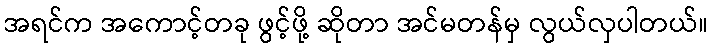
အရင်က အကောင့်တခု ဖွင့်ဖို့ ဆိုတာ အင်မတန်မှ လွယ်လှပါတယ်။